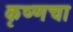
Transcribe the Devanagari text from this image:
कृष्णचा